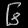
Digit: ၆